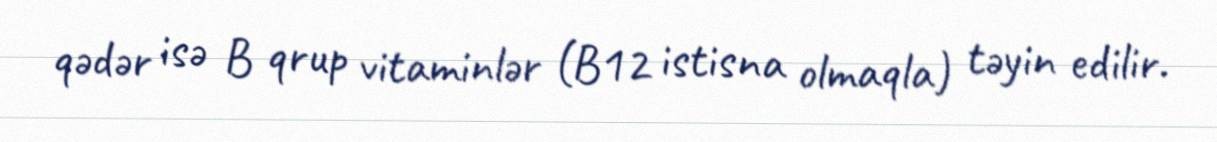
qədər isə B qrup vitaminlər (B12 istisna olmaqla) təyin edilir.